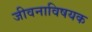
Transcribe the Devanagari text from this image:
जीवनाविषयक